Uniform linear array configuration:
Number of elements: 12
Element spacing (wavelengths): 1
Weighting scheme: kaiser
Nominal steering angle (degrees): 30
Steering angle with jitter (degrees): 28.161
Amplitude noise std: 0.05
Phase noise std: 0.05

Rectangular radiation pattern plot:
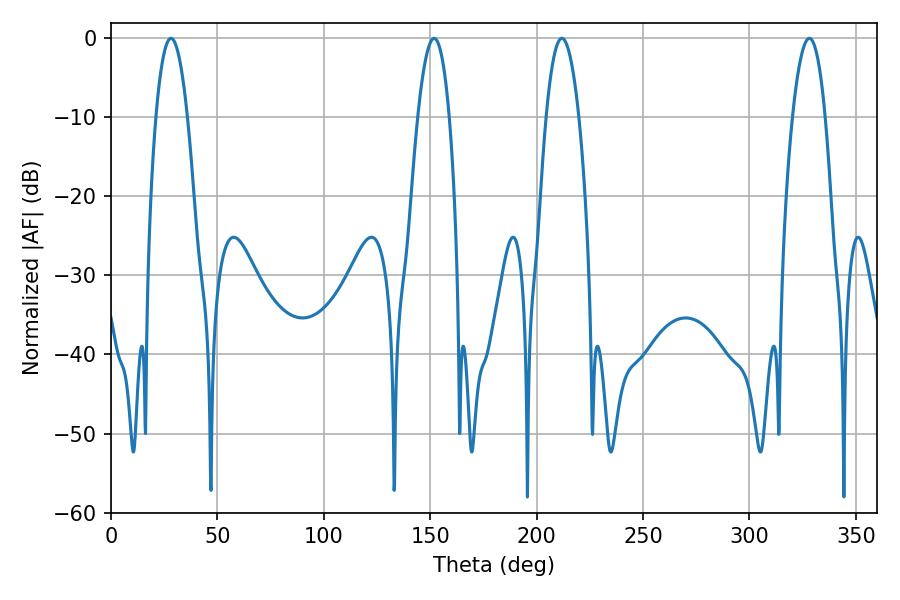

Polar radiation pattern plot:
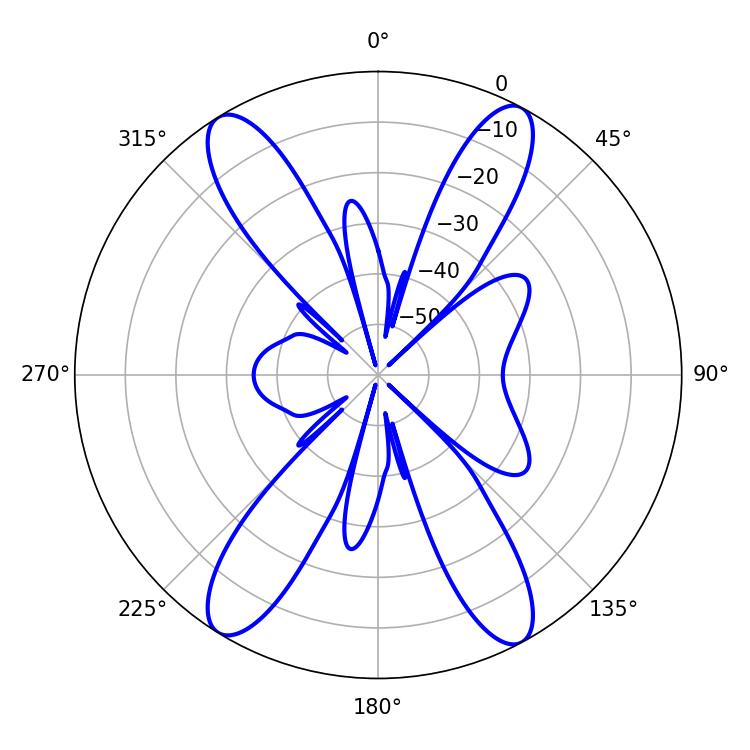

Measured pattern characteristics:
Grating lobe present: TRUE
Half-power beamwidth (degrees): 8.46
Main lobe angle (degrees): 328.14